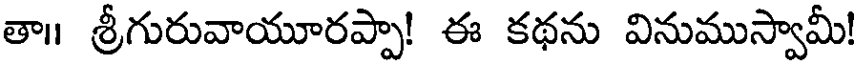
తా॥ శ్రీగురువాయూరప్పా! ఈ కథను వినుముస్వామీ!